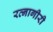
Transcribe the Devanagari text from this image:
रत्नागीरी